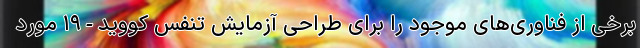
برخی از فناوری‌های موجود را برای طراحی آزمایش تنفس کووید-۱۹ مورد